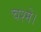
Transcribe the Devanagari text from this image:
चश्मे।